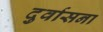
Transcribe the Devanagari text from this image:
दुर्वासना